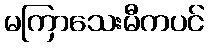
မကြာသေးမီကပင်